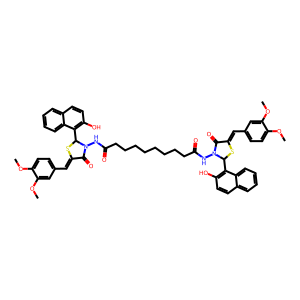
SMILES: COc1ccc(C=C2SC(c3c(O)ccc4ccccc34)N(NC(=O)CCCCCCCCC(=O)NN3C(=O)C(=Cc4ccc(OC)c(OC)c4)SC3c3c(O)ccc4ccccc34)C2=O)cc1OC
Inhibits HIV replication: No